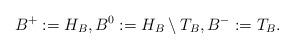
LaTeX: \begin{align*} B^+:=H_B, B^0:=H_B\setminus T_B, B^-:=T_B.\end{align*}